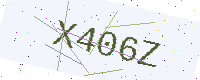
Text: X406Z